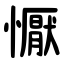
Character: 懨